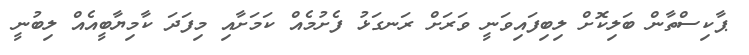
ޕާކިސްތާން ބަލިކޮށް ލިބިފައިވަނީ ވަރަށް ރަނގަޅު ފެށުމެއް ކަމަށާއި މިފަދަ ކާމިޔާބީއެއް ލިބުނީ